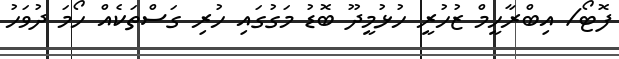
ފޮޓޯ/ އިބްރާހީމް ޒުހުރީ ހުޅުމީދޫ ބޮޑު މަގުގައި ހުރި ގަސްތަކެއް ހޯމަ ދުވަހު